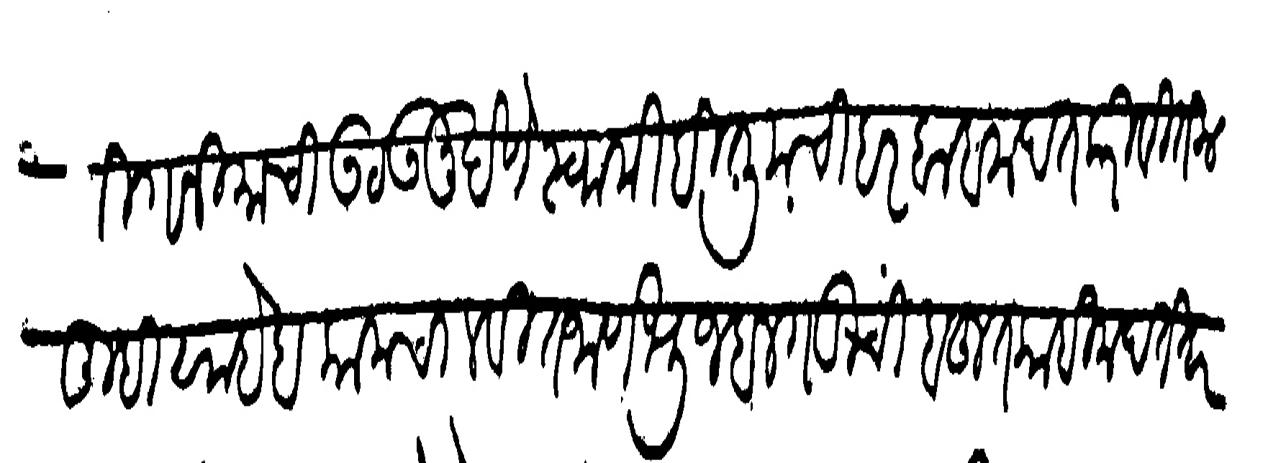
Transliteration (Devanagari): ठाणी गनिमाची उठऊनू देणे स्वामीही तुमची हर बाब मदत करिवितील तुम्ही साहेबकाम चालवीत जाणे भुजबलगडीची बहुत काही मदत हरयेक